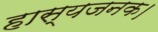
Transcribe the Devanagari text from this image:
हास्यजनक।